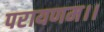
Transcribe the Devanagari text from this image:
परायणम।।